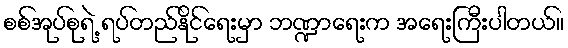
စစ်အုပ်စုရဲ့ ရပ်တည်နိုင်ရေးမှာ ဘဏ္ဍာရေးက အရေးကြီးပါတယ်။